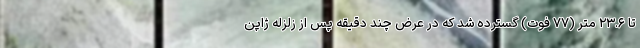
تا ۲۳.۶ متر (۷۷ فوت) گسترده شد که در عرض چند دقیقه پس از زلزله ژاپن